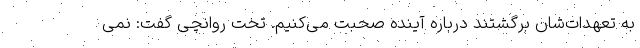
به تعهدات‌شان برگشتند درباره آینده صحبت می‌کنیم. تخت روانچی گفت: نمی